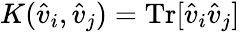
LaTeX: K(\hat{v}_{i},\hat{v}_{j})=\mathrm{Tr}[\hat{v}_{i}\hat{v}_{j}]